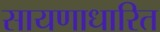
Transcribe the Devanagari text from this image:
सायणाधारित